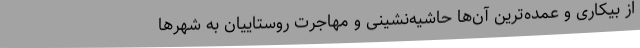
از بیکاری و عمده‌ترین آن‌ها حاشیه‌نشینی و مهاجرت روستاییان به شهرها